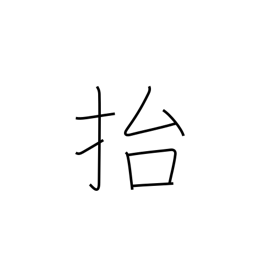
Meaning: lift